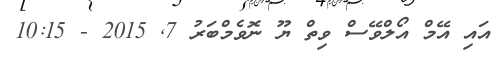
އައި އޭމް އޯލްވޭސް ވިތް ޔޫ ނޮވެމްބަރު 7